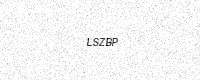
Text: LSZBP